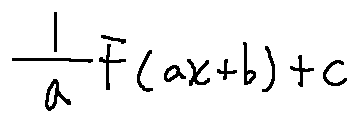
\frac { 1 } { a } F ( a x + b ) + C